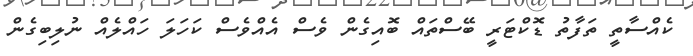
ކެއްސާތީ ތަފާތު ޑޮކްޓަރީ ބޭސްތައް ބޮއިގެން ވެސް އެއްވެސް ކަހަލަ ހައްލެއް ނުލިބިގެން